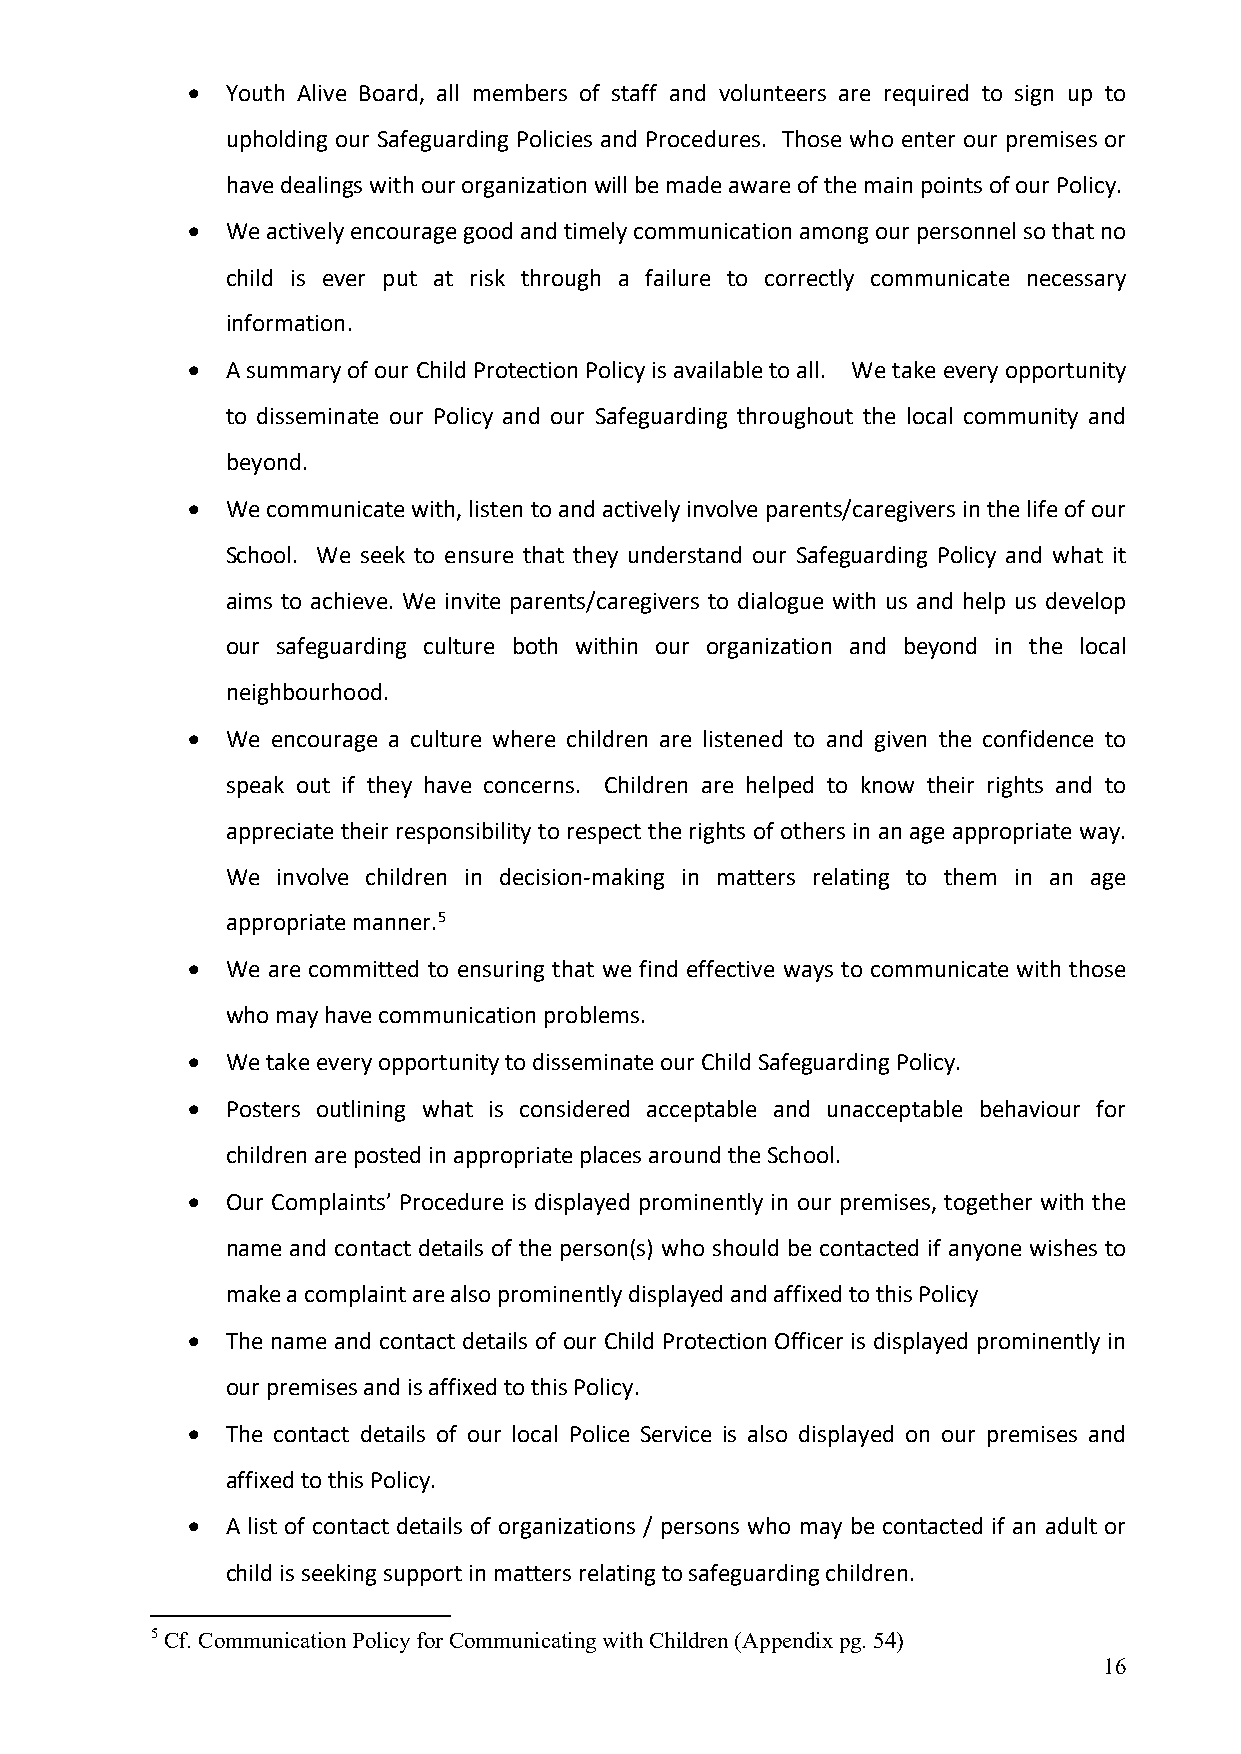
•  Youth Alive Board, all members of staff and volunteers are required to sign up to
 upholding our Safeguarding Policies and Procedures. Those who enter our premises or
 have dealings with our organization will be made aware of the main points of our Policy.
 •  We actively encourage good and timely communication among our personnel so that no
 child is ever put at risk through a failure to correctly communicate necessary
 information.
 •  A summary of our Child Protection Policy is available to all. We take every opportunity
 to disseminate our Policy and our Safeguarding throughout the local community and
 beyond.
 •  We communicate with, listen to and actively involve parents/caregivers in the life of our
 School. We seek to ensure that they understand our Safeguarding Policy and what it
 aims to achieve. We invite parents/caregivers to dialogue with us and help us develop
 our safeguarding culture both within our organization and beyond in the local
 neighbourhood.
 •  We encourage a culture where children are listened to and given the confidence to
 speak out if they have concerns. Children are helped to know their rights and to
 appreciate their responsibility to respect the rights of others in an age appropriate way.
 We involve children in decision-making in matters relating to them in an age
 appropriate manner.5
 •  We are committed to ensuring that we find effective ways to communicate with those
 who may have communication problems.
 •  We take every opportunity to disseminate our Child Safeguarding Policy.
 •  Posters outlining what is considered acceptable and unacceptable behaviour for
 children are posted in appropriate places around the School.
 •  Our Complaints’ Procedure is displayed prominently in our premises, together with the
 name and contact details of the person(s) who should be contacted if anyone wishes to
 make a complaint are also prominently displayed and affixed to this Policy
 •  The name and contact details of our Child Protection Officer is displayed prominently in
 our premises and is affixed to this Policy.
 •  The contact details of our local Police Service is also displayed on our premises and
 affixed to this Policy.
 •  A list of contact details of organizations / persons who may be contacted if an adult or
 child is seeking support in matters relating to safeguarding children.
 5 Cf. Communication Policy for Communicating with Children (Appendix pg. 54)
 16